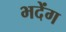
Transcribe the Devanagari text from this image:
भदेंग